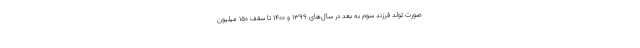
صورت تولد فرزندِ سوم به بعد در سال‌های ۱۳۹۹ و ۱۴۰۰ تا سقف ۱۵۰ میلیون